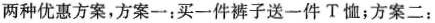
两种优惠方案，方案一：买一件裤子送一件T恤；方案二：